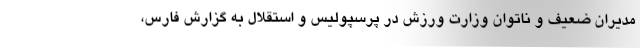
مدیران ضعیف و ناتوان وزارت ورزش در پرسپولیس و استقلال به گزارش فارس،